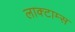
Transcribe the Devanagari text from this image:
लाक्टाम्स